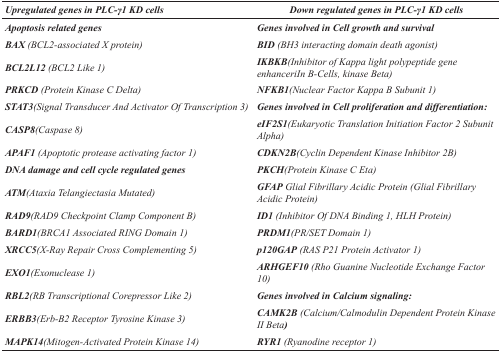
<table><thead><tr><td><b><i>Upregulated genes in PLC-γ1 KD cells</i></b></td><td><b><i>Down regulated genes in PLC-γ1 KD cells</i></b></td></tr></thead><tbody><tr><td><b><i>Apoptosis related genes</i></b></td><td><b><i>Genes involved in Cell growth and survival</i></b></td></tr><tr><td><b><i>BAX</i></b><i>(BCL2-associated X protein)</i></td><td><b><i>BID</i></b><i>(BH3 interacting domain death agonist)</i></td></tr><tr><td><b><i>BCL2L12</i></b><i>(BCL2 Like 1)</i></td><td><b><i>IKBKB</i></b><i>(Inhibitor of Kappa light polypeptide gene enhanceriIn B-Cells, kinase Beta)</i></td></tr><tr><td><b><i>PRKCD</i></b><i>(Protein Kinase C Delta)</i></td><td><b><i>NFKB1</i></b><i>(Nuclear Factor Kappa B Subunit 1)</i></td></tr><tr><td><b><i>STAT3</i></b><i>(Signal Transducer And Activator Of Transcription 3)</i></td><td><b><i>Genes involved in Cell proliferation and differentiation</i></b>:</td></tr><tr><td><b><i>CASP8</i></b><i>(Caspase 8)</i></td><td><b><i>eIF2S1</i></b><i>(Eukaryotic Translation Initiation Factor 2 Subunit Alpha)</i></td></tr><tr><td><b><i>APAF1</i></b><i>(Apoptotic protease activating factor 1)</i></td><td><b><i>CDKN2B</i></b><i>(Cyclin Dependent Kinase Inhibitor 2B)</i></td></tr><tr><td><b><i>DNA damage and cell cycle regulated genes</i></b></td><td><b><i>PKCH</i></b><i>(Protein Kinase C Eta)</i></td></tr><tr><td><b><i>ATM</i></b><i>(Ataxia Telangiectasia Mutated)</i></td><td><b><i>GFAP</i></b><i>Glial Fibrillary Acidic Protein (Glial Fibrillary Acidic Protein)</i></td></tr><tr><td><b><i>RAD9</i></b><i>(RAD9 Checkpoint Clamp Component B)</i></td><td><b><i>ID1</i></b><i>(Inhibitor Of DNA Binding 1, HLH Protein)</i></td></tr><tr><td><b><i>BARD1</i></b><i>(BRCA1 Associated RING Domain 1)</i></td><td><b><i>PRDM1</i></b><i>(PR/SET Domain 1)</i></td></tr><tr><td><b><i>XRCC5</i></b><i>(X-Ray Repair Cross Complementing 5)</i></td><td><b><i>p120GAP</i></b><i>(RAS P21 Protein Activator 1)</i></td></tr><tr><td><b><i>EXO1</i></b><i>(Exonuclease 1)</i></td><td><b><i>ARHGEF10</i></b><i>(Rho Guanine Nucleotide Exchange Factor 10)</i></td></tr><tr><td><b><i>RBL2</i></b><i>(RB Transcriptional Corepressor Like 2)</i></td><td><b><i>Genes involved in Calcium signaling</i></b>:</td></tr><tr><td><b><i>ERBB3</i></b><i>(Erb-B2 Receptor Tyrosine Kinase 3)</i></td><td><b><i>CAMK2B</i></b><i>(Calcium/Calmodulin Dependent Protein Kinase II Beta</i>)</td></tr><tr><td><b><i>MAPK14</i></b><i>(Mitogen-Activated Protein Kinase 14)</i></td><td><b><i>RYR1</i></b><i>(Ryanodine receptor 1)</i></td></tr></tbody></table>